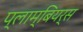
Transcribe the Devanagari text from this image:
प्लाम्बियर्स